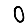
Digit: 0